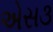
એસ૩